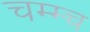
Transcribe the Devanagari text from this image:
चम्म्च